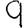
Digit: 9